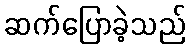
ဆက်ပြောခဲ့သည်